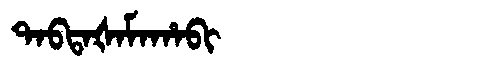
Manchu: ᡨᠠᠪᡨᠠᡧᠠᠮᠠᡥᠠᠪᡳ
Romanization: TABTAŠAMAHABI